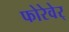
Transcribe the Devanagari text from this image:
फोरेवेर्